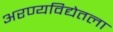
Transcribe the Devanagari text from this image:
अरण्यविद्येतला